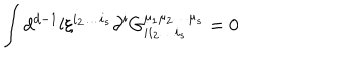
\int d ^ { d - 1 } l \xi ^ { i _ { 2 } \ldots i _ { s } } \partial ^ { i } G _ { i i _ { 2 } \ldots i _ { s } } ^ { \mu _ { 1 } \mu _ { 2 } \ldots \mu _ { s } } = 0